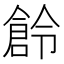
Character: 𠏧